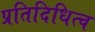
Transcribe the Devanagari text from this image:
प्रतिदिधित्व